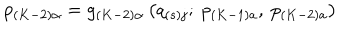
p _ { \left( K - 2 \right) \alpha } = g _ { \left( K - 2 \right) \alpha } \left( q _ { \left( s \right) j } ; \ p _ { \left( K - 1 \right) a } , \ p _ { \left( K - 2 \right) a } \right)